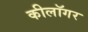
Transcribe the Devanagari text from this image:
कीलॉगर